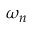
\omega _ { n }